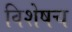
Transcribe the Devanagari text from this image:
विशेषच